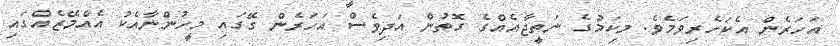
އަހަރެން އެކަހެރިވަމެވެ. މިކަމުގެ ނަތީޖާއެއްގެ ގޮތުން އަދިވެސް އަހަރެން ގޭގައި މީހުންނާއެކު އެއްމޭޒެއްގައި